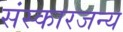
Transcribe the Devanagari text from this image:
संस्कारजन्य